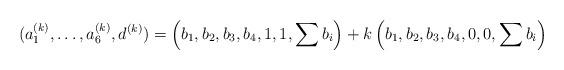
LaTeX: \begin{align*}( a_1^{(k)}, \dots, a_6^{(k)}, d^{(k)}) =\left(b_1,b_2,b_3,b_4,1,1,\sum b_i\right) + k\left(b_1,b_2,b_3,b_4,0,0,\sum b_i\right)\end{align*}